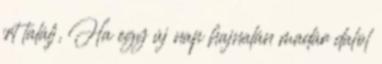
írt találj, Ha egy új nap hajnalán madár dalol